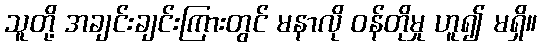
သူတို့ အချင်းချင်းကြားတွင် မနာလို ဝန်တိုမှု ဟူ၍ မရှိ။